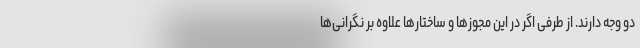
دو وجه دارند. از طرفی اگر در این مجوزها و ساختارها علاوه بر نگرانی‌ها